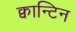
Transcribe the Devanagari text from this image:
क्वान्टिन